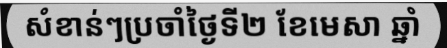
សំខាន់ៗប្រចាំថ្ងៃទី២ ខែមេសា ឆ្នាំ